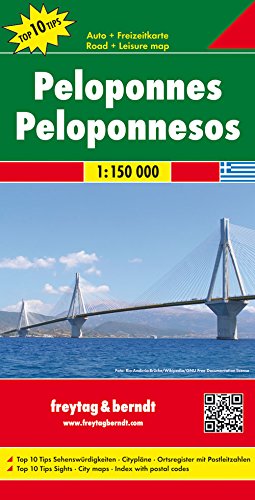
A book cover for Peloponnese (Road and Leisure Time Map); Freytag-Berndt und Artaria; Travel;